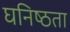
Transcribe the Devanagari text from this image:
घनिष्‍ठता